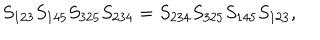
S _ { 1 2 3 } S _ { 1 4 5 } S _ { 3 2 5 } S _ { 2 3 4 } = S _ { 2 3 4 } S _ { 3 2 5 } S _ { 1 4 5 } S _ { 1 2 3 } ,